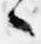
々